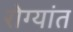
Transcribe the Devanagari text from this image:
रोग्यांत